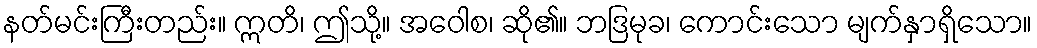
နတ်မင်းကြီးတည်း။ ဣတိ၊ ဤသို့။ အဝေါစ၊ ဆို၏။ ဘဒြမုခ၊ ကောင်းသော မျက်နှာရှိသော။